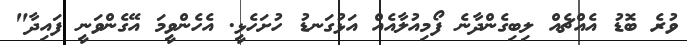
ވުރެ ބޮޑު އެއްޗެއް ލިބިގެންދާނެ ފޯމިއުލާއެއް އަޅުގަނޑު ހުށަހެޅީ. އެހެންވީމަ އޭގެންވަނީ ފައިދާ"